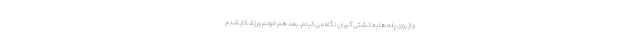
و از روی پله ها به کشتی گیران نگاه می کردم. بعد هم خودم ورزشکار شدم